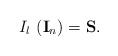
LaTeX: \begin{align*}I_l\,\left( {\bf I}_n\right) ={\bf S.}\end{align*}